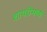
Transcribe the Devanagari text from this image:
शायरीमध्ये